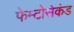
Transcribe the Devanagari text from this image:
फेम्टोसेकंड